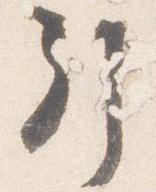
引